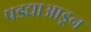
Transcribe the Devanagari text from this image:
पडद्याआडून